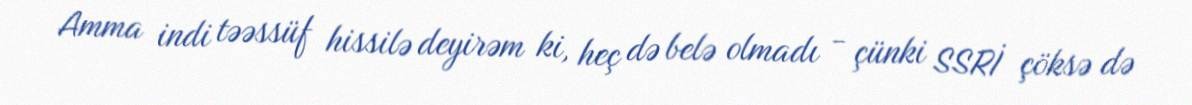
Amma indi təəssüf hissilə deyirəm ki, heç də belə olmadı - çünki SSRİ çöksə də